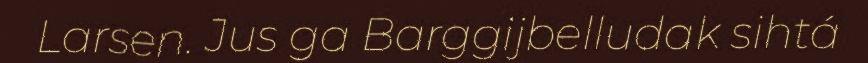
Larsen. Jus ga Barggijbelludak sihtá